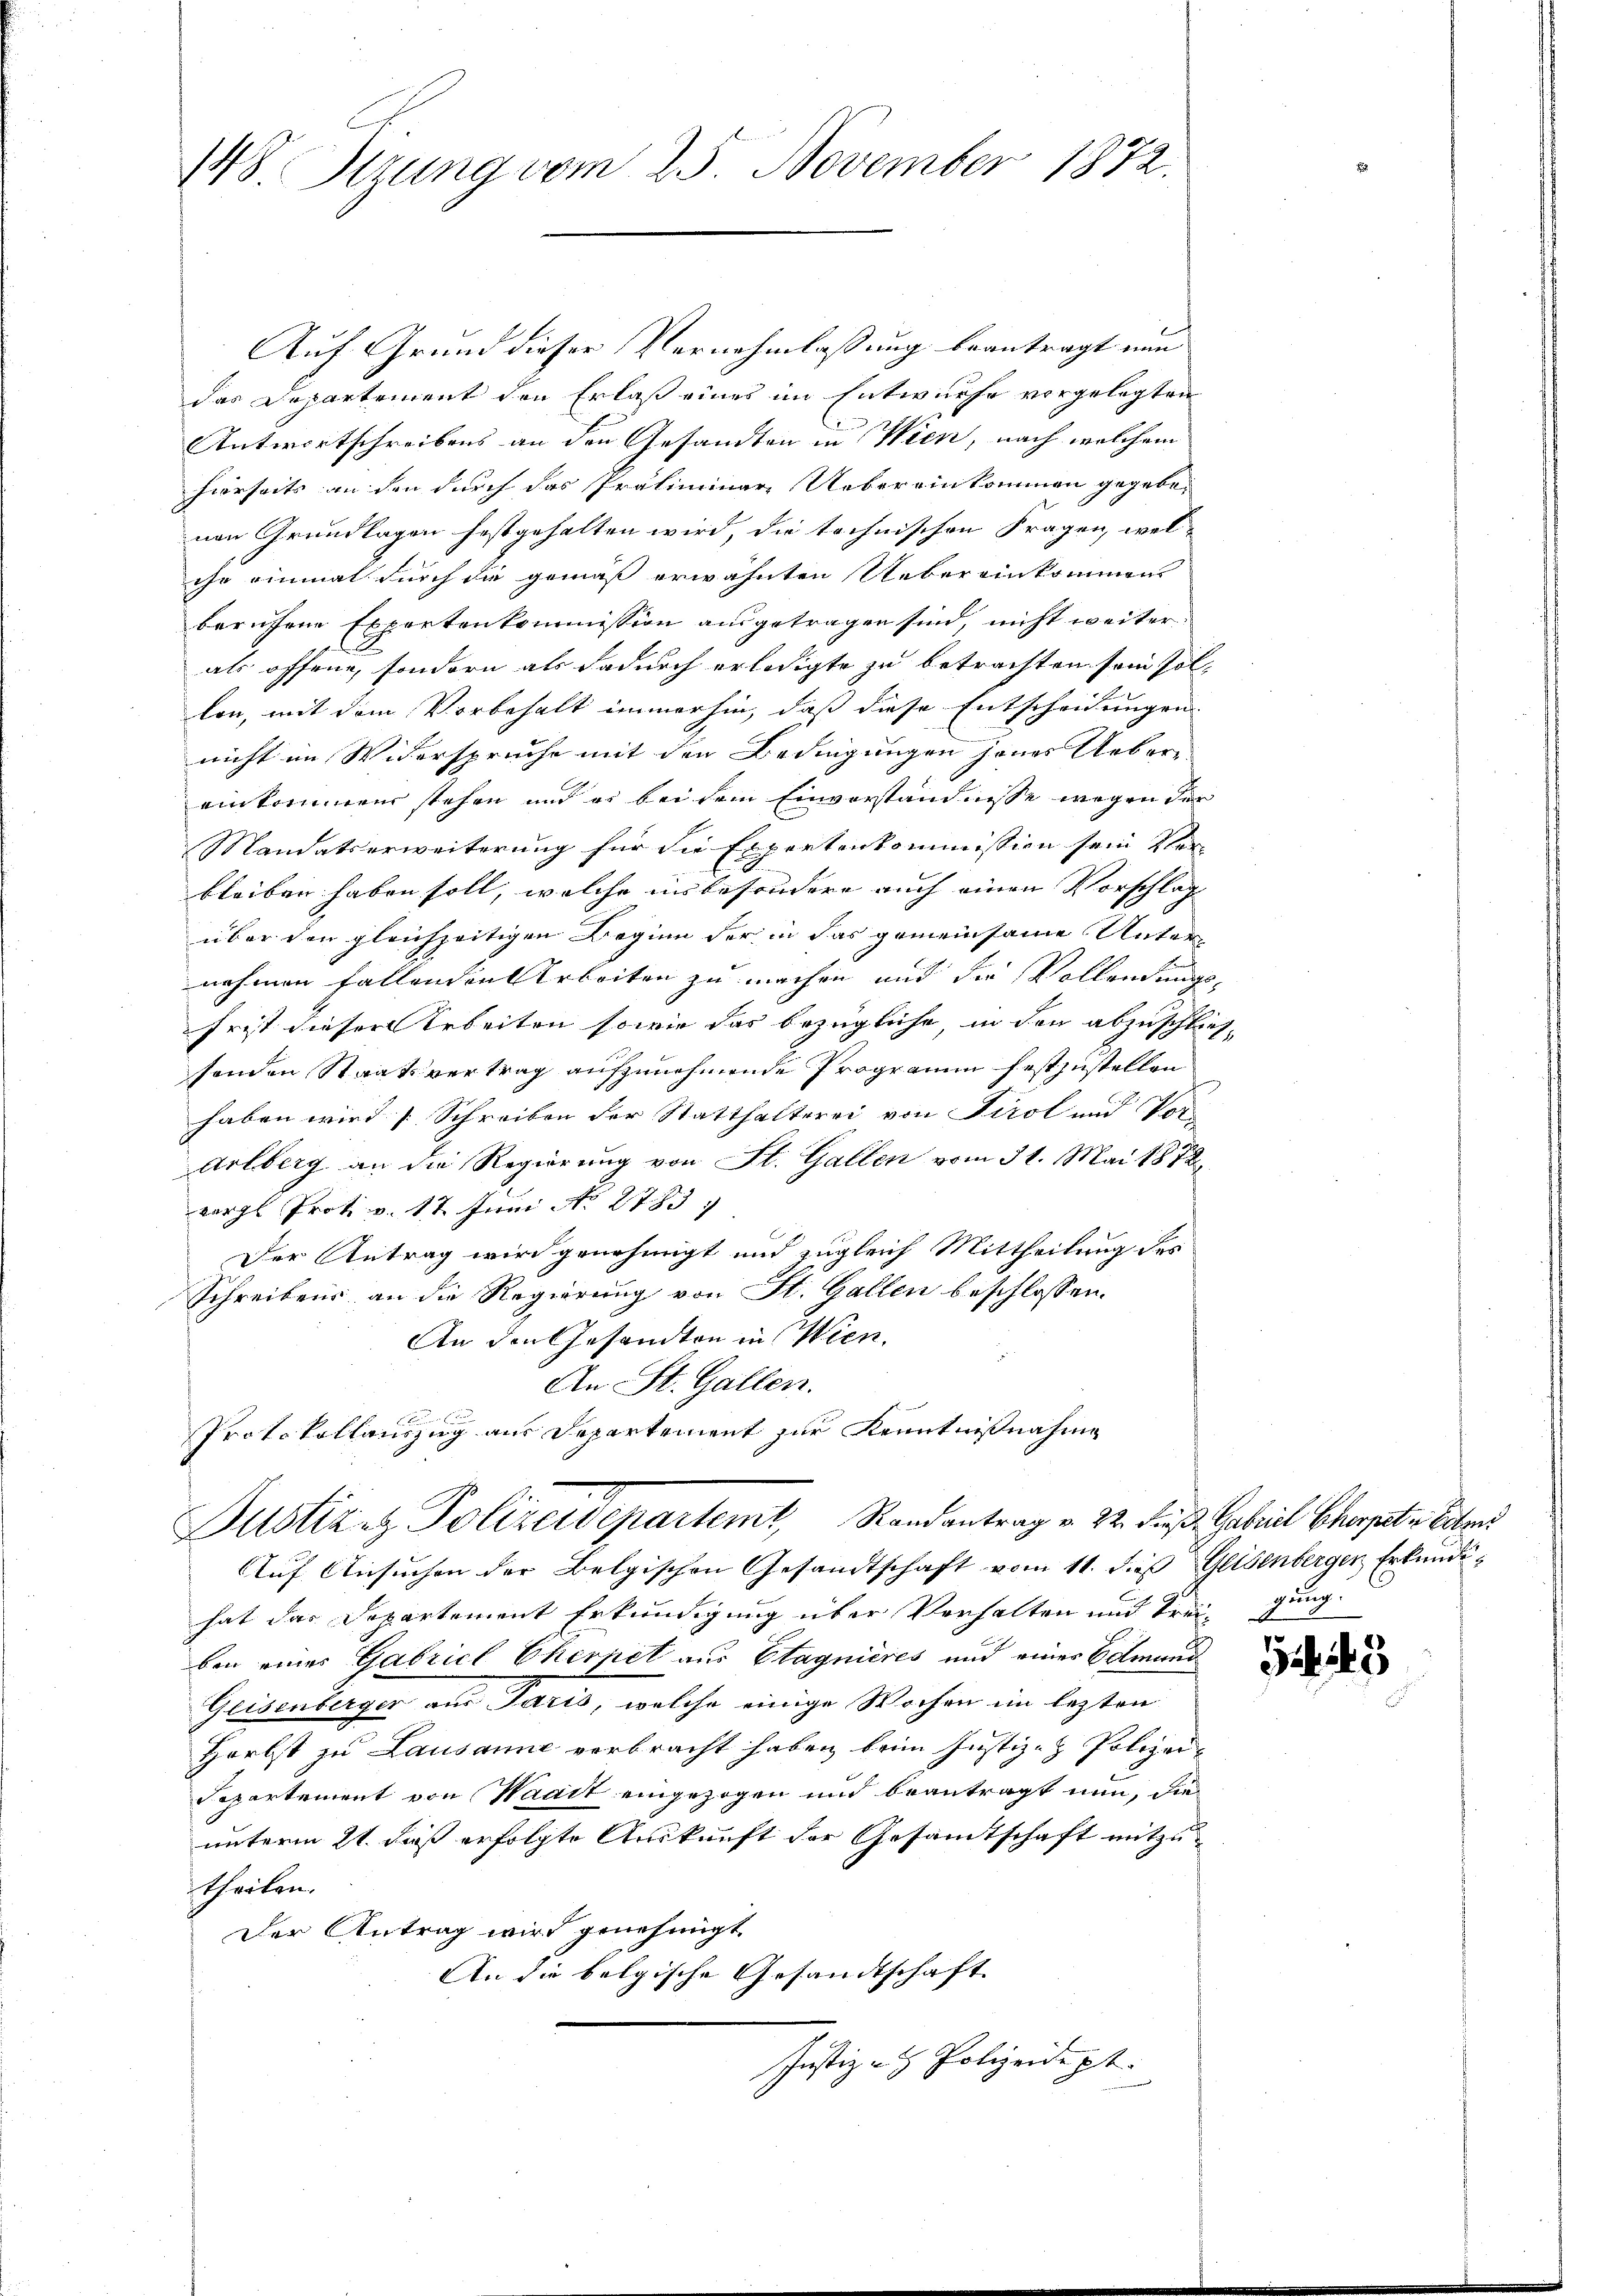
148. Stzung vom 25. November 1872.

Auf Grund dieser Vernehmlassung beantragt nun
das Departement den Erlaß eines im Entwurfe vorgelegten
Antwortschreibens an den Gesandten in Wien, nach welchem
hierseits an den durch das Präliminar Uebereinkommen gegebenen Grundlagen festgehalten wird, die technischen Fragen, welche einmal durch die gemäß erwähnten Uebereinkommens
berufene Expertenkommission ausgetragen sind, nicht weiter
als offene, sondern als dadurch erledigte zu betrachten sein sol-
len, mit dem Vorbehalt immerhin, daß diese Entscheidungen
nicht im Widerspruche mit den Bedingungen jenes Ueber-
einkommen stehen und er bei dem Einverständnisse wegen der
Mandatserweiterung für die Expertenkommission sein Ver-
bleiben haben soll, welche insbesondere auch einen Vorschlag
über den gleichzeitigen Beginn der in das gemeinsame Unternehmen fallenden Arbeiten zu machen mit die Vollendungsfrist dieser Arbeiten sowie das bezügliche, in den abzuschließsonden Staatsvertrag aufzunehmende Programm festzustellen
haben wird Schreiben der Statthalterei von Tirol und Vor
Arlberg an die Regierung von St. Gallen vom 31. Mai 1872
vergl. Prot. v. 17 Juni No 2783.
Der Antrag wird genehmigt und zugleich Mittheilung des
Schreibens an die Regierung von St. Gallen beschlossen:
An den Gesandten in Wien.
An St. Gallen.

Protokollauszug aus Departement zur Kenntnißnahme
Justiz & Polizeidepartemt, Randantrag v. 22. dieß Gabril Chorpaten Eiters
Auf Ansuchen der Belgischen Gesandtschaft vom 11. dieß Geisenberger Erkundihat das Departement Erkundigung über Verhalten und Treigung.
ben eines Gabricl Cherpel aus Stagnieres und eines Edmund
Geisenberger aus Paris, welche einige Wochen im lezten
Herbst zu Lausanne verbracht haben beim Justiz- & Polizei¬
Separtement von Waadt eingezogen und beantragt nun, die
unterm 21. daß erfolgte Auskunft der Gesamtschaft mitzutheilen.
Der Antrag wird genehmigt.
An die belgische Gesandtschaft
Justiz - Polizeidigt.

49